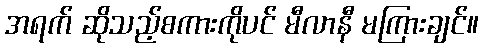
အရက် ဆိုသည့်စကားကိုပင် မီလာနီ မကြားချင်။